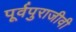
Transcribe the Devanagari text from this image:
पूर्वपुराजीवी